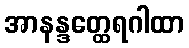
အာနန္ဒတ္ထေရဂါထာ